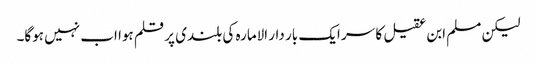
لیکن مسلم ابن عقیل کا سر ایک بار دار الامارہ کی بلندی پر قلم ہوا اب نہیں ہوگا۔